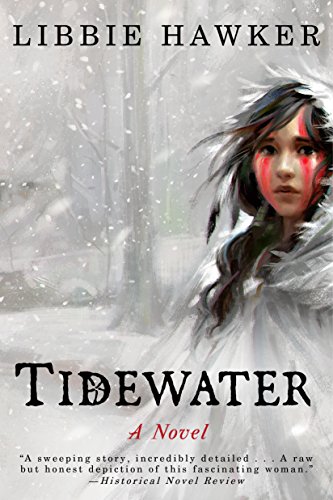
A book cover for Tidewater: A Novel; Libbie Hawker; Literature & Fiction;